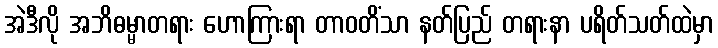
အဲဒီလို အဘိဓမ္မာတရား ဟောကြားရာ တာဝတိံသာ နတ်ပြည် တရားနာ ပရိတ်သတ်ထဲမှာ